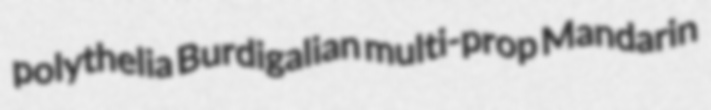
polythelia Burdigalian multi-prop Mandarin